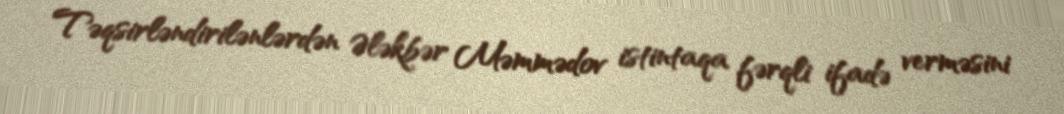
Təqsirləndirilənlərdən Ələkbər Məmmədov istintaqa fərqli ifadə verməsini